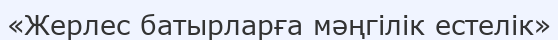
«Жерлес батырларға мәңгілік естелік»